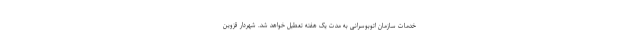
خدمات سازمان اتوبوسرانی به مدت یک هفته تعطیل خواهد شد. شهردار قزوین